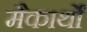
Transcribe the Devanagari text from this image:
मैकार्थों